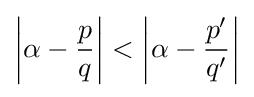
\left|\alpha -{\frac {p}{q}}\right|<\left|\alpha -{\frac {p'}{q'}}\right|